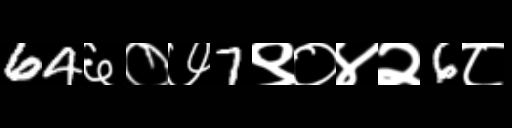
Text: 64६०७7९०४२6८